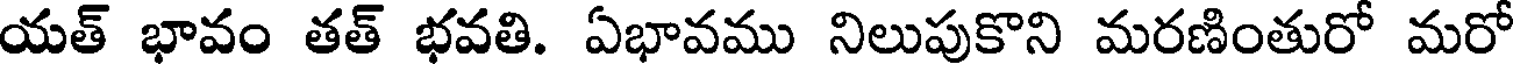
యత్ భావం తత్ భవతి. ఏభావము నిలుపుకొని మరణింతురో మరో